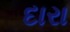
દારા